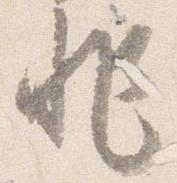
非